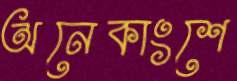
অনেকাংশে